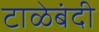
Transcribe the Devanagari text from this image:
टाळेबंदी